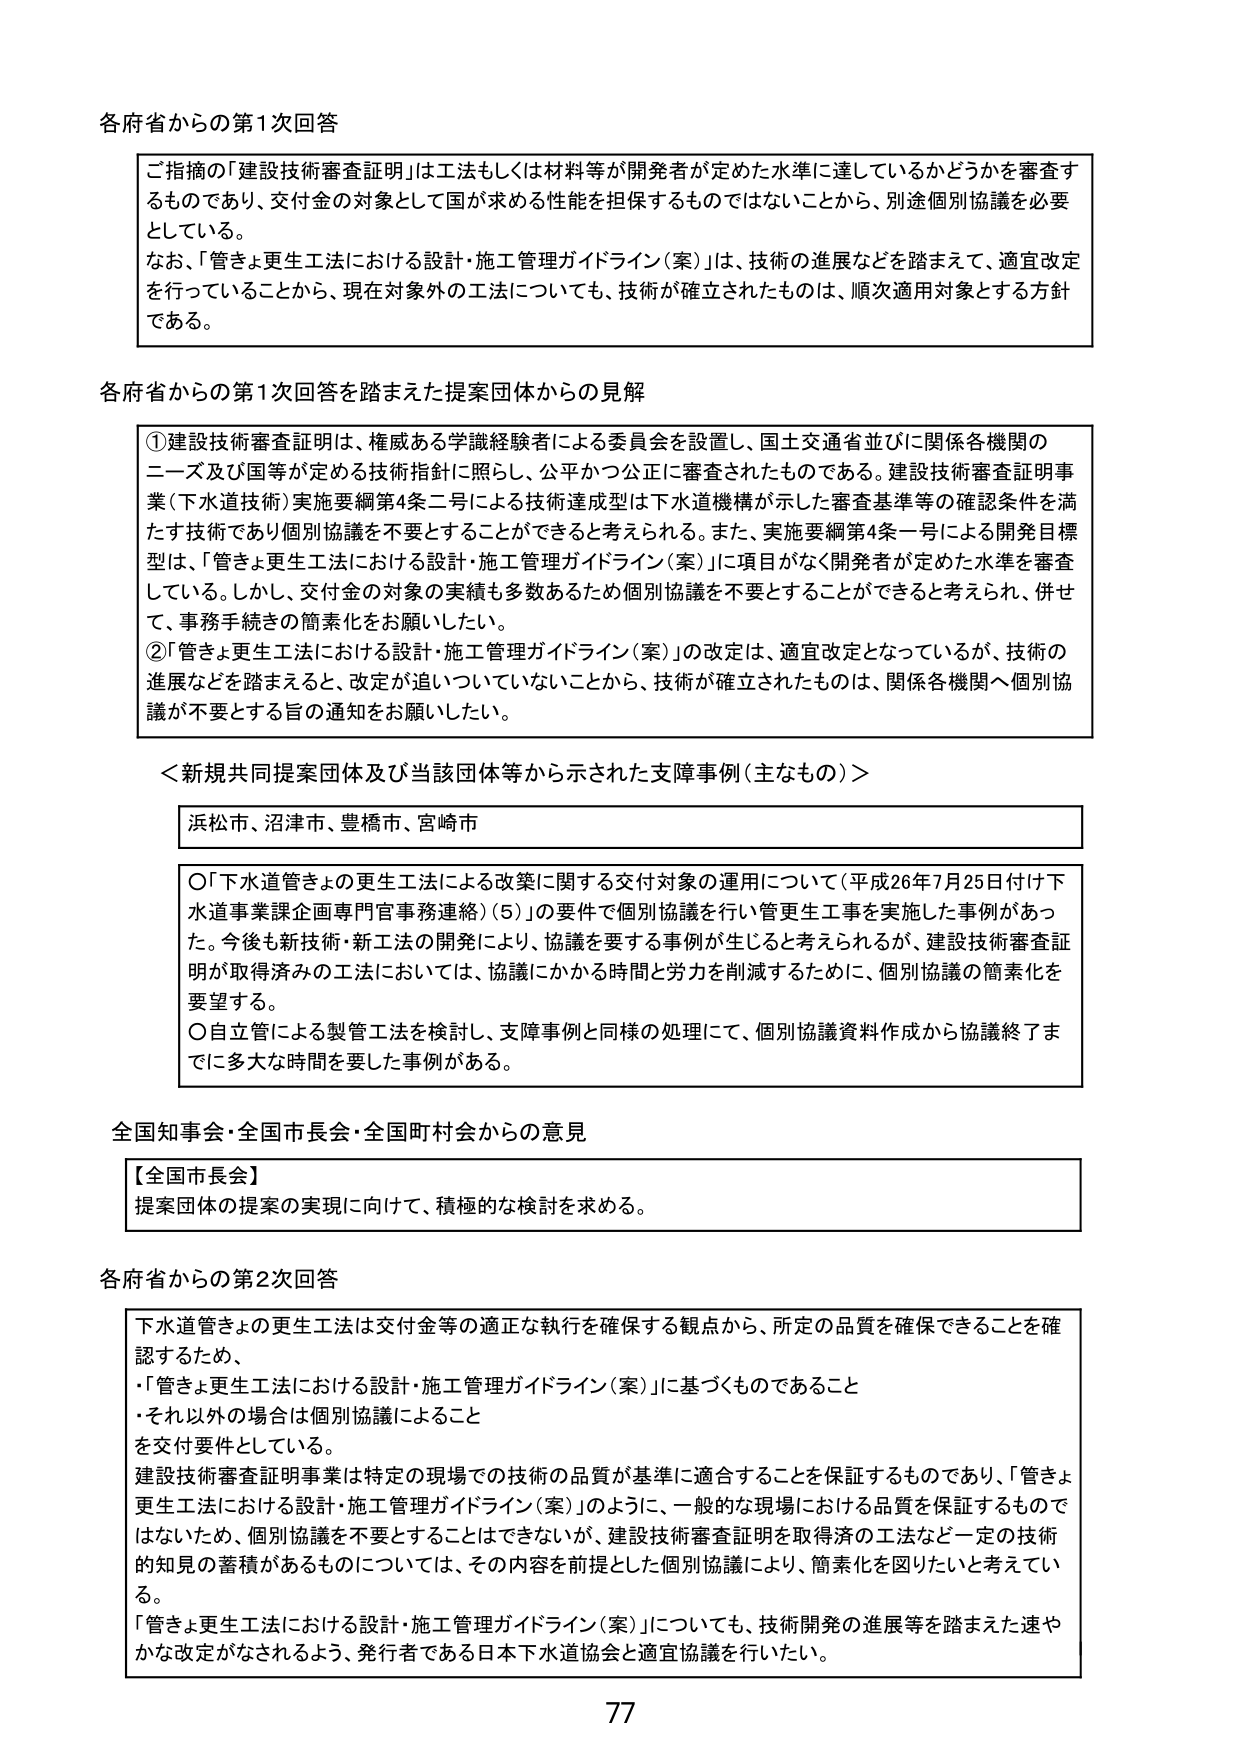
各府省からの第1次回答

ご指摘の「建設技術審査証明」は工法もしくは材料等が開発者が定めた水準に達しているかどうかを審査するものであり、交付金の対象として国が求める性能を担保するものではないことから、別途個別協議を必要としている。
なお、「管きょ更生工法における設計・施工管理ガイドライン（案）」は、技術の進展などを踏まえて、適宜改定を行っていることから、現在対象外の工法についても、技術が確立されたものは、順次適用対象とする方針である。

各府省からの第1次回答を踏まえた提案団体からの見解

①建設技術審査証明は、権威ある学識経験者による委員会を設置し、国土交通省並びに関係各機関のニーズ及び国等が定める技術指針に照らし、公平かつ公正に審査されたものである。建設技術審査証明事業（下水道技術）実施要綱第4条二号による技術達成型は下水道機構が示した審査基準等の確認条件を満たす技術であり個別協議を不要とすることができると考えられる。また、実施要綱第4条一号による開発目標型は、「管きょ更生工法における設計・施工管理ガイドライン（案）」に項目がなく開発者が定めた水準を審査している。しかし、交付金の対象の実績も多数あるため個別協議を不要とすることができると考えられ、併せて、事務手続きの簡素化をお願いしたい。
②「管きょ更生工法における設計・施工管理ガイドライン（案）」の改定は、適宜改定となっているが、技術の進展などを踏まえると、改定が追いついていないことから、技術が確立されたものは、関係各機関へ個別協議が不要とする旨の通知をお願いしたい。

＜新規共同提案団体及び当該団体等から示された支障事例（主なもの）＞

浜松市、沼津市、豊橋市、宮崎市

○「下水道管きょの更生工法による改築に関する交付対象の運用について（平成26年7月25日付け下水道事業課企画専門官事務連絡）（5）」の要件で個別協議を行い管更生工事を実施した事例があった。今後も新技術・新工法の開発により、協議を要する事例が生じると考えられるが、建設技術審査証明が取得済みの工法においては、協議にかかる時間と労力を削減するために、個別協議の簡素化を要望する。
○自立管による製管工法を検討し、支障事例と同様の処理にて、個別協議資料作成から協議終了までに多大な時間を要した事例がある。

全国知事会・全国市長会・全国町村会からの意見

【全国市長会】
提案団体の提案の実現に向けて、積極的な検討を求める。

各府省からの第2次回答

下水道管きょの更生工法は交付金等の適正な執行を確保する観点から、所定の品質を確保できることを確認するため、
・「管きょ更生工法における設計・施工管理ガイドライン（案）」に基づくものであること
・それ以外の場合は個別協議によること
を交付要件としている。
建設技術審査証明事業は特定の現場での技術の品質が基準に適合することを保証するものであり、「管きょ更生工法における設計・施工管理ガイドライン（案）」のように、一般的な現場における品質を保証するものではないため、個別協議を不要とすることはできないが、建設技術審査証明を取得済の工法など一定の技術的知見の蓄積があるものについては、その内容を前提とした個別協議により、簡素化を図りたいと考えている。
「管きょ更生工法における設計・施工管理ガイドライン（案）」についても、技術開発の進展等を踏まえた速やかな改定がなされるよう、発行者である日本下水道協会と適宜協議を行いたい。

77